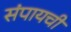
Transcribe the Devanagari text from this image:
संपायची